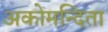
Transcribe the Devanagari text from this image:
अकोमन्दिता